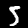
Digit: 5